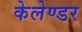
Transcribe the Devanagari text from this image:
केलेण्डर